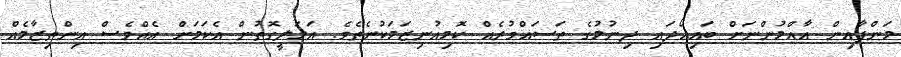
މަންފާއިން އާއްމުންނަށް ބައިހޯދައި ދިނުމުގެ ތަސައްވުރެއް ކޮމިއުނިޒަމަކުނެތެވެ. އަމަލީގޮތުން އެކަމަށް އެއްވެސް އިންތިޒާމެއް